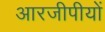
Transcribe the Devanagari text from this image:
आरजीपीयों